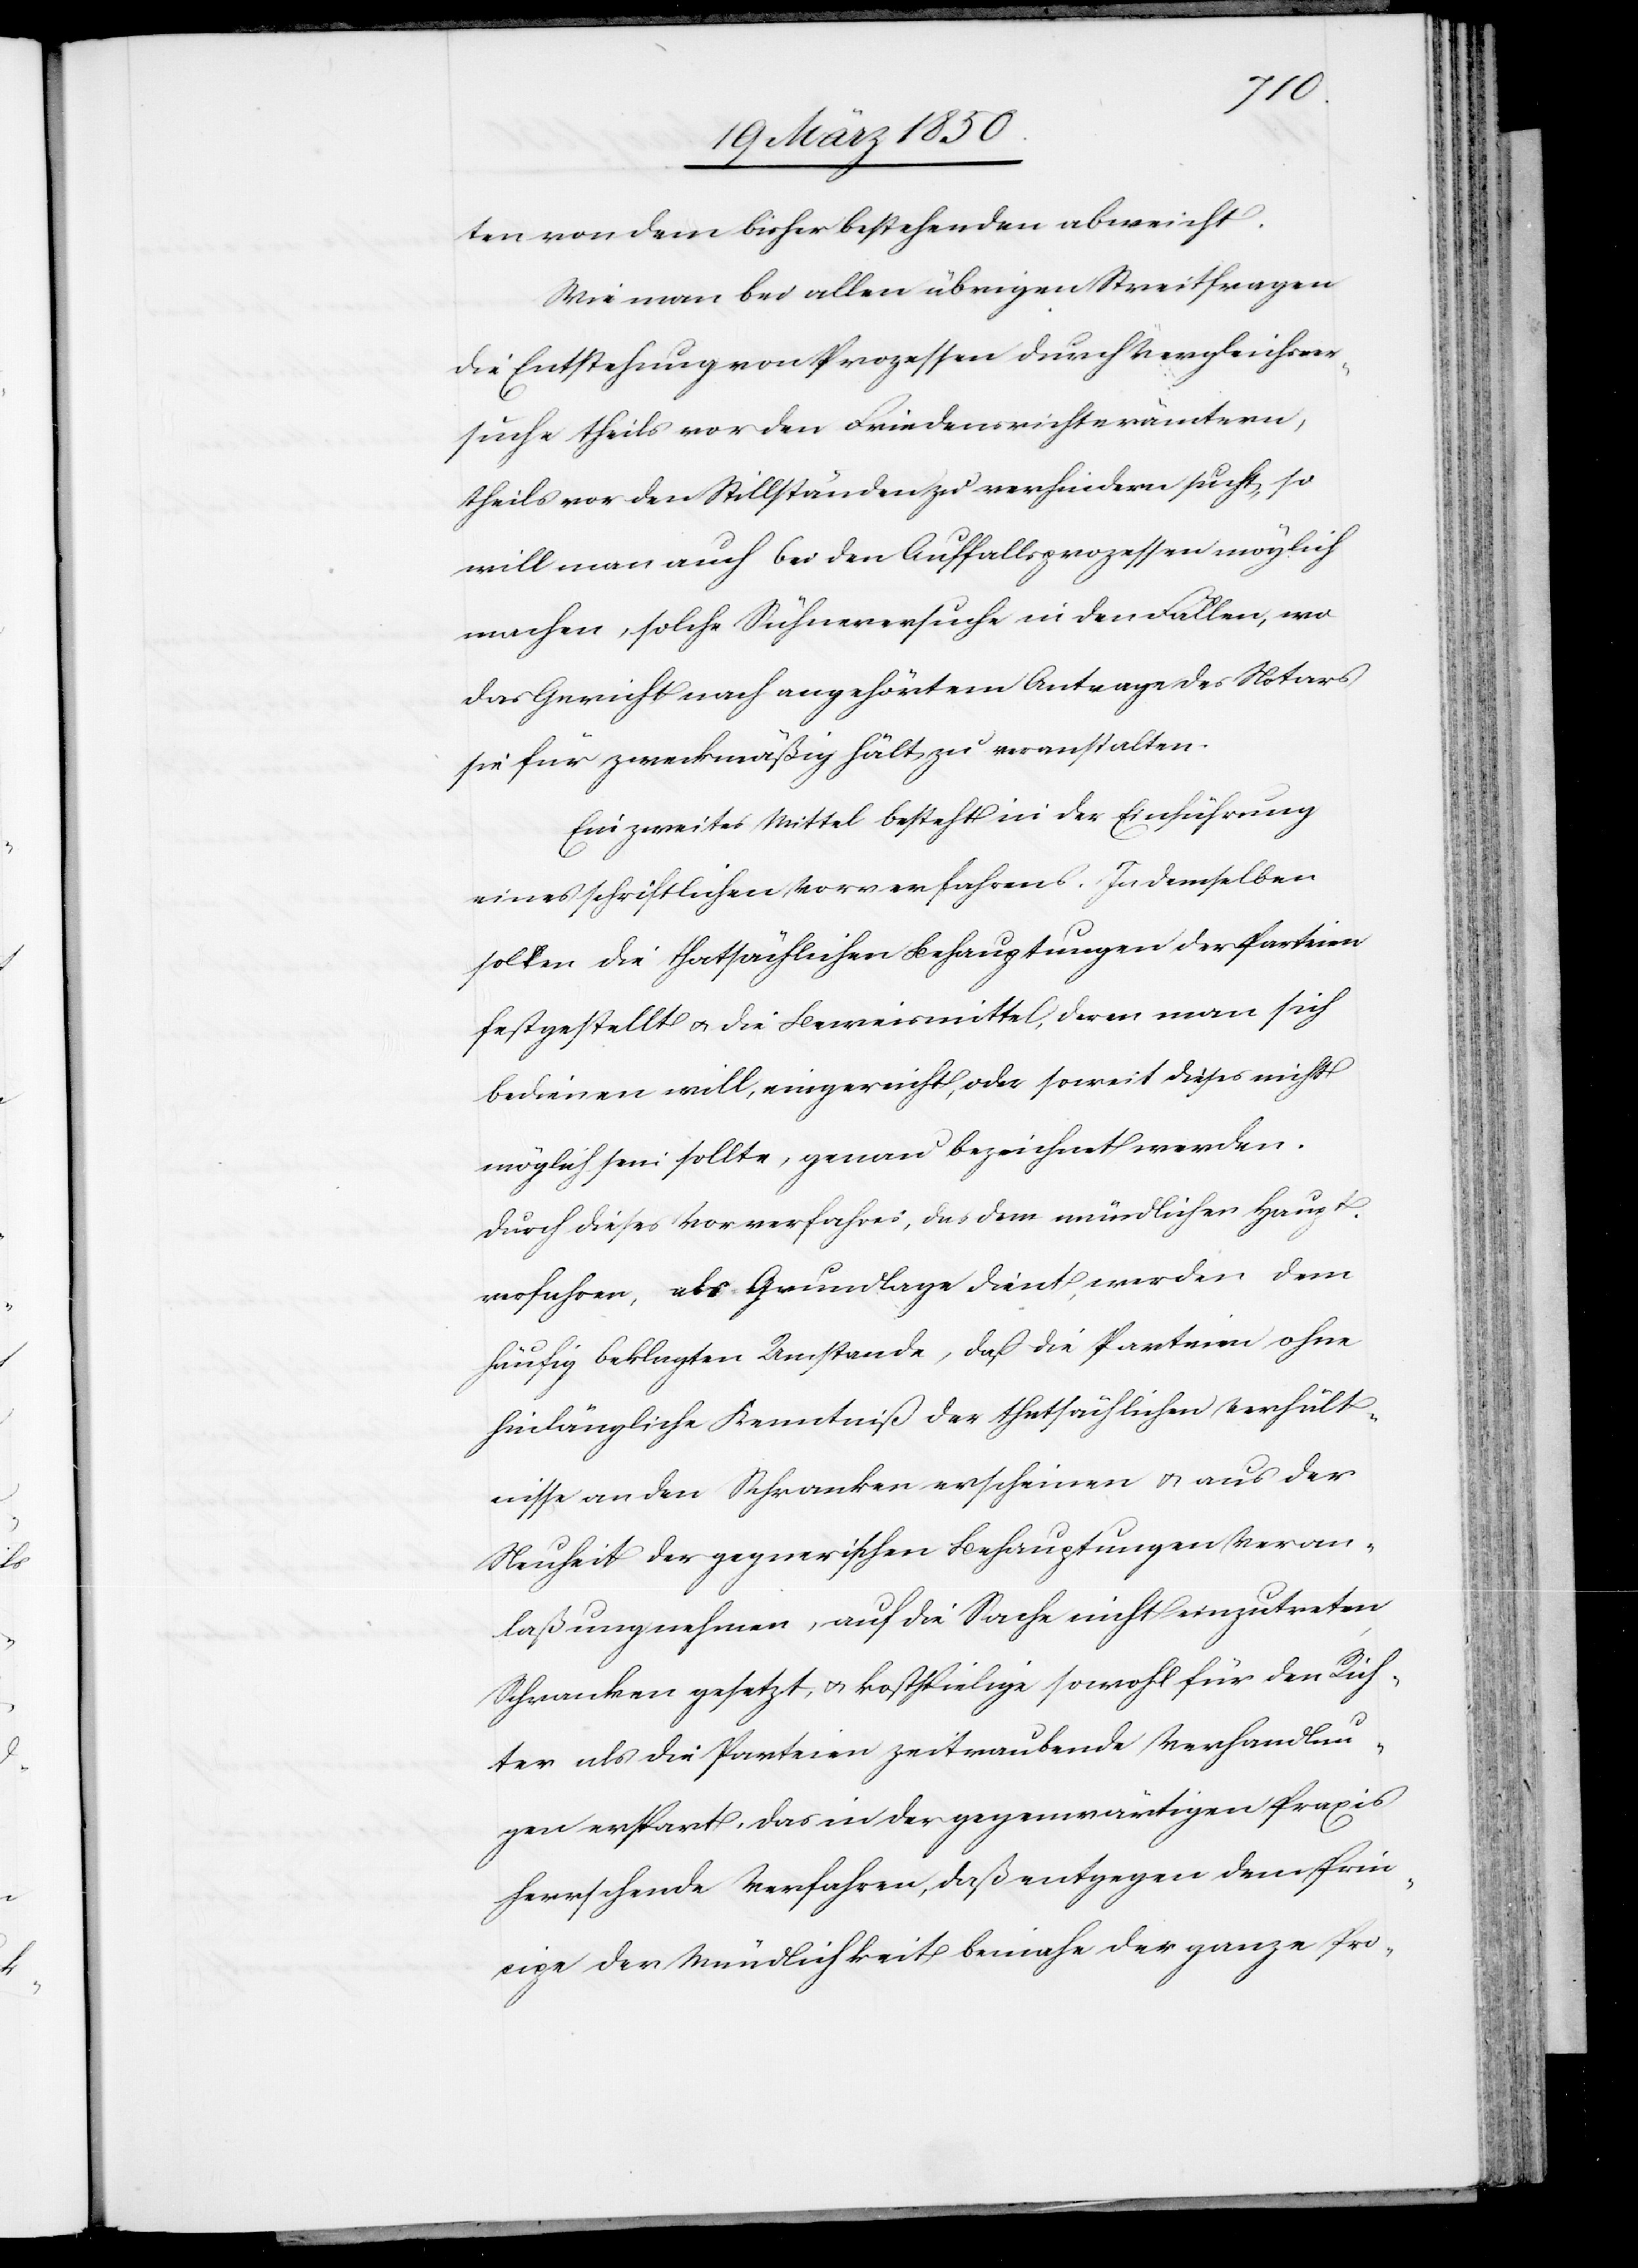
ten von dem bisher bestehenden abweicht.
Wie man bei allen übrigen Streitfragen
die Entstehung von Prozessen durch Vergleichsver¬
suche theils vor den Friedensrichterämtern,
theils vor den Stillständen zu verhindern sucht, so
will man auch bei den Auffallsprozessen möglich
machen, solche Sühneversuche in den Fällen, wo
das Gericht nach angehörtem Antrage des Notars
sie für zweckmäßig hält zu veranstalten.
Ein zweites Mittel besteht in der Einführung
eines schriftlichen Vorverfahrens. In demselben
sollen die thatsächlichen Behauptungen der Parteien
festgestellt u. die Beweismittel, deren man sich
bedienen will, eingereicht, oder soweit dieses nicht
möglich sein sollte, genau bezeichnet werden.
Durch dieses Vorverfahres [sic!], das dem mündlichen Haupt¬
verfahren, als Grundlage dient, werden dem
häufig beklagten Umstande, daß die Parteien ohne
hinlängliche Kenntniß der thatsächlichen Verhält¬
nisse an den Schranken erscheinen u. aus der
Neuheit der gegnerischen Behauptungen Veran¬
laßung nehmen, auf die Sache nicht einzutreten,
Schranken gesetzt, u. kostspielige sowohl für den Rich¬
ter als die Parteien zeitraubende Verhandlun¬
gen erspart, das in der gegenwärtigen Praxis
herrschende Verfahren, daß entgegen dem Prin¬
zipe der Mündlichkeit beinahe der ganze Pro-